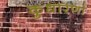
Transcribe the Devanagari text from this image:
कुधारणा